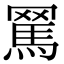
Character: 𦋻